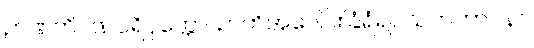
ဉာဏတိဂဏပရိဝုတ္တော၊ ဉာတိအပေါင်းခြံရံ၍။ သကတာဝနာ၊